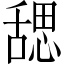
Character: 𬜉